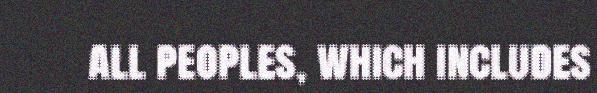
all peoples, which includes